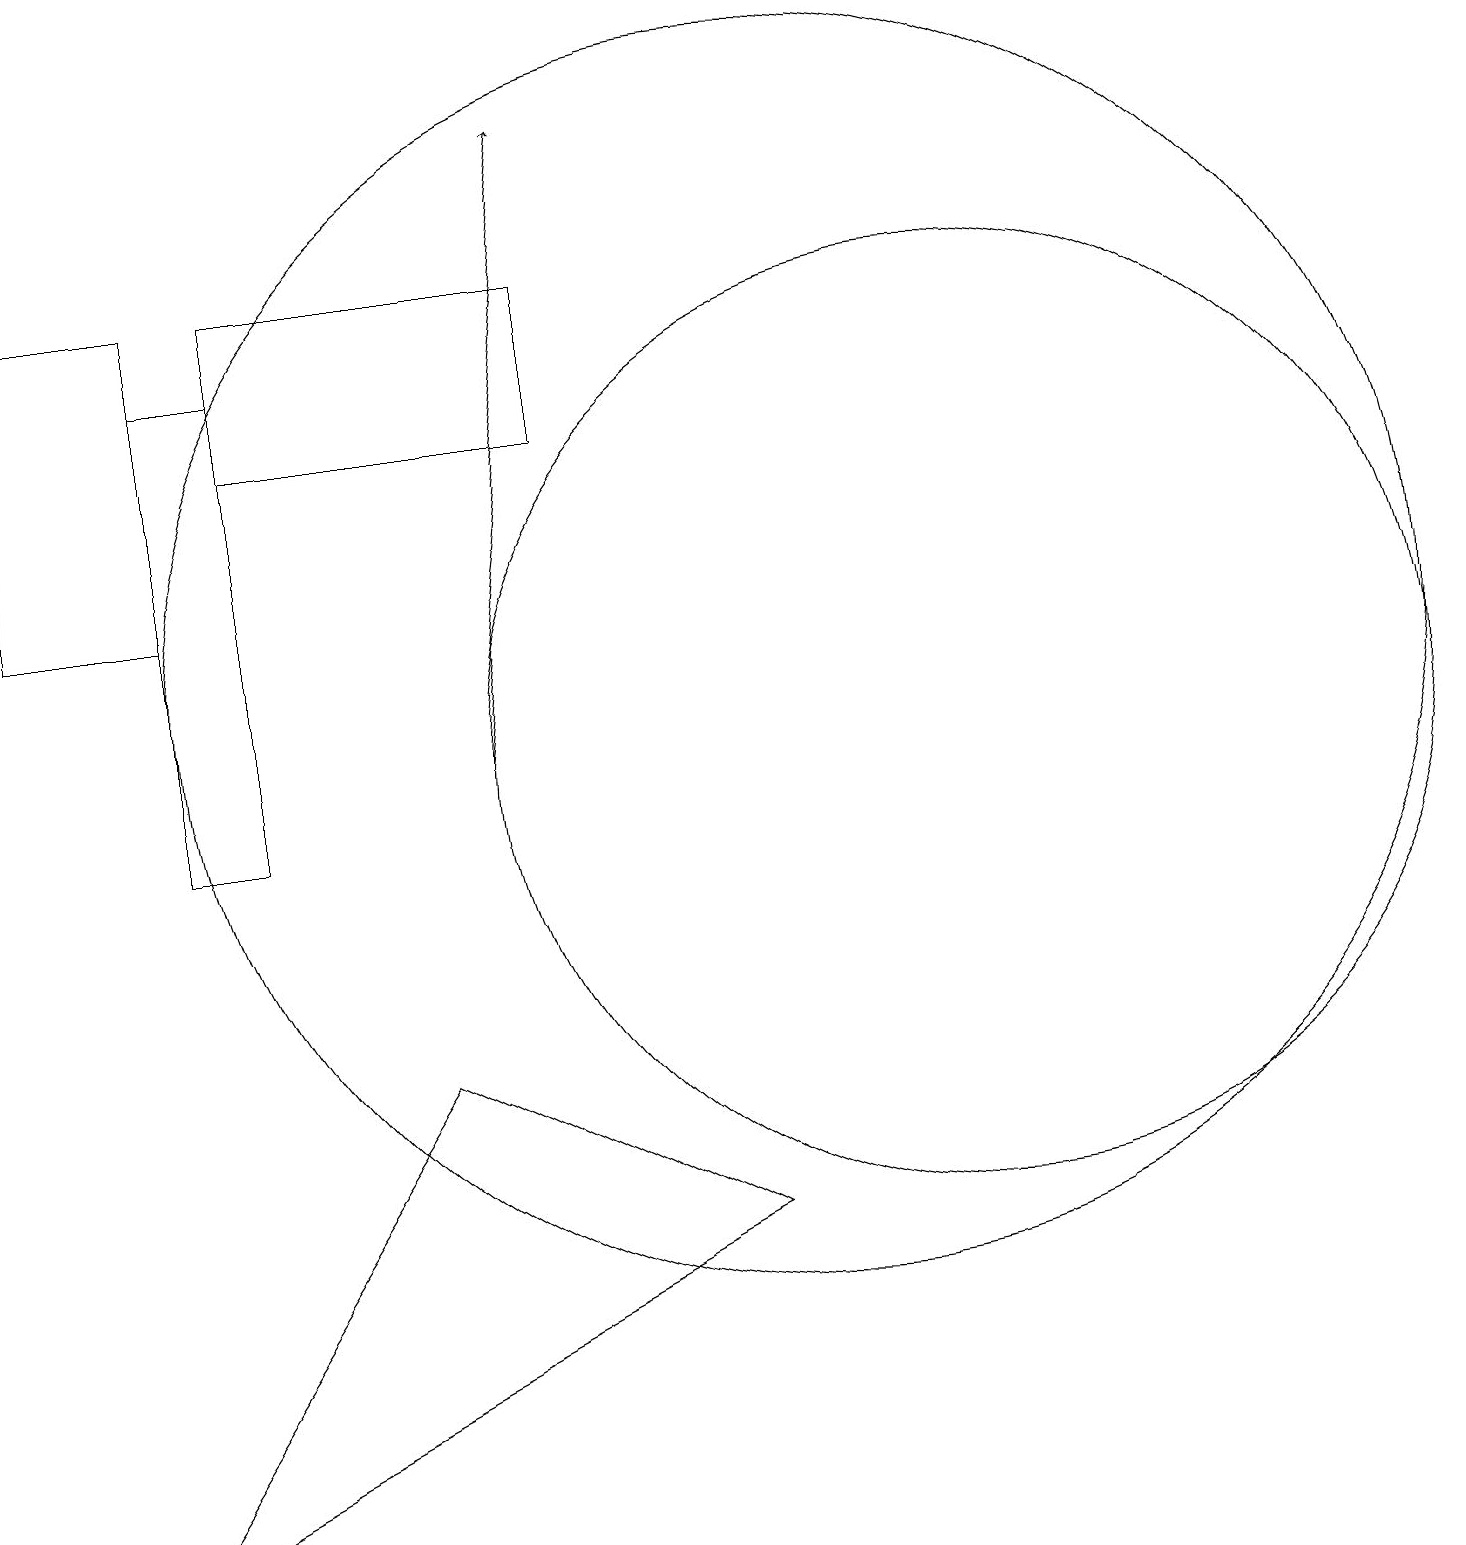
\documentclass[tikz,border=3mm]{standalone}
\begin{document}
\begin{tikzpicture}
\draw (12,11) circle (6);
\draw (5,7) -- (9,5) -- (1,1) -- cycle;
\draw (0,17) rectangle (2,13);
\draw (10,12) circle (8);
\draw (2,16) rectangle (3,10);
\draw (3,17) rectangle (7,15);
\draw[->] (6,11) -- (7,19);
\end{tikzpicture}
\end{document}